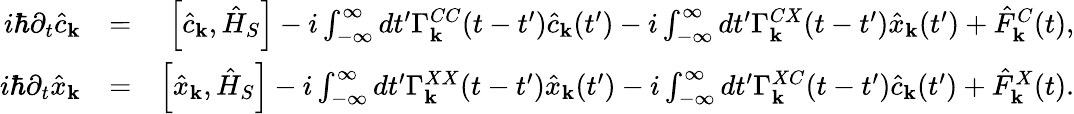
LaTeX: \begin{array}{rlr}{i\hbar\partial_{t}\hat{c}_{\mathbf k}}&{=}&{\left[\hat{c}_{\mathbf k},\hat{H}_{S}\right]-i\int_{-\infty}^{\infty}dt^{\prime}\Gamma_{\mathbf k}^{CC}(t-t^{\prime})\hat{c}_{\mathbf k}(t^{\prime})-i\int_{-\infty}^{\infty}dt^{\prime}\Gamma_{\mathbf k}^{CX}(t-t^{\prime})\hat{x}_{\mathbf k}(t^{\prime})+\hat{F}_{\mathbf k}^{C}(t),}\\ {i\hbar\partial_{t}\hat{x}_{\mathbf k}}&{=}&{\left[\hat{x}_{\mathbf k},\hat{H}_{S}\right]-i\int_{-\infty}^{\infty}dt^{\prime}\Gamma_{\mathbf k}^{XX}(t-t^{\prime})\hat{x}_{\mathbf k}(t^{\prime})-i\int_{-\infty}^{\infty}dt^{\prime}\Gamma_{\mathbf k}^{XC}(t-t^{\prime})\hat{c}_{\mathbf k}(t^{\prime})+\hat{F}_{\mathbf k}^{X}(t).}\end{array}